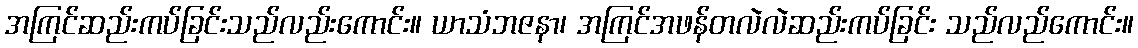
အကြင်ဆည်းကပ်ခြင်းသည်လည်းကောင်း။ ယာသံဘဇနာ၊ အကြင်အဖန်တလဲလဲဆည်းကပ်ခြင်း သည်လည်ကောင်း။